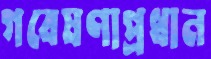
গবেষণাপ্রধান